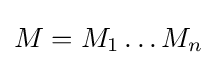
M=M_{1}\dots M_{n}